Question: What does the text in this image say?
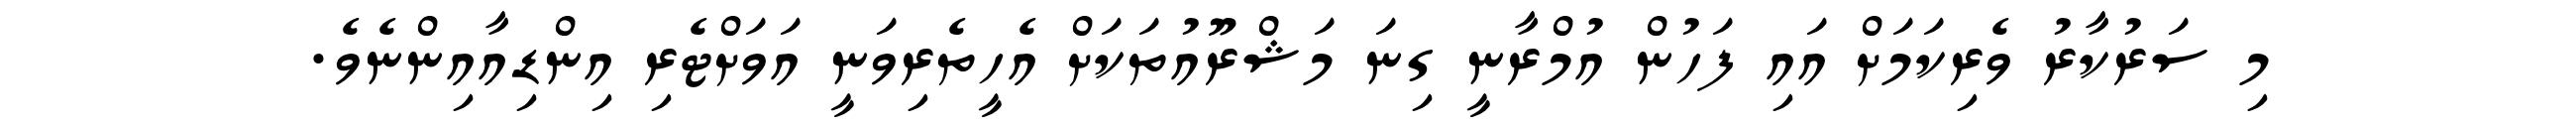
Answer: މި ސަރުކާރު ވެރިކަމަށް އައި ފަހުން އުމްރާނީ ގިނަ މަޝްރޫއުތަކަށް އެހީތެރިވަނީ އަވަށްޓެރި އިންޑިއާއިންނެވެ.